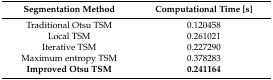
<table><thead><tr><td><b>Segmentation Method</b></td><td><b>Computational Time [s]</b></td></tr></thead><tbody><tr><td>Traditional Otsu TSM</td><td>0.120458</td></tr><tr><td>Local TSM</td><td>0.261021</td></tr><tr><td>Iterative TSM</td><td>0.227290</td></tr><tr><td>Maximum entropy TSM</td><td>0.378283</td></tr><tr><td><b>Improved Otsu TSM</b></td><td><b>0.241164</b></td></tr></tbody></table>